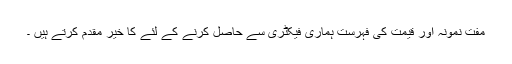
مفت نمونہ اور قیمت کی فہرست ہماری فیکٹری سے حاصل کرنے کے لئے کا خیر مقدم کرتے ہیں ۔